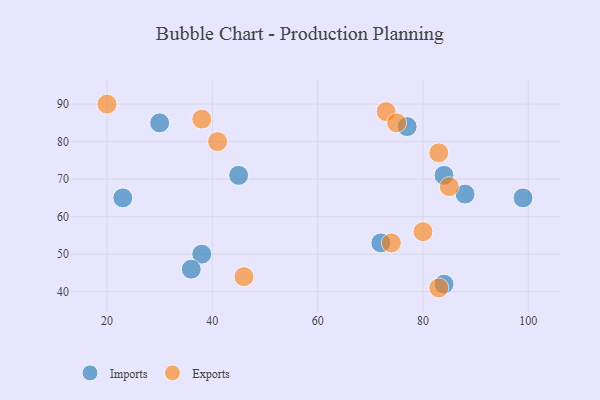
{"axis": {"x": "GDP", "y": "Life Expectancy"}, "legend": ["Exports", "Imports"], "data": [{"x": "99", "y": 65, "type": "Imports"}, {"x": "38", "y": 50, "type": "Imports"}, {"x": "88", "y": 66, "type": "Imports"}, {"x": "77", "y": 84, "type": "Imports"}, {"x": "84", "y": 42, "type": "Imports"}, {"x": "23", "y": 65, "type": "Imports"}, {"x": "45", "y": 71, "type": "Imports"}, {"x": "72", "y": 53, "type": "Imports"}, {"x": "36", "y": 46, "type": "Imports"}, {"x": "30", "y": 85, "type": "Imports"}, {"x": "84", "y": 71, "type": "Imports"}, {"x": "73", "y": 88, "type": "Exports"}, {"x": "74", "y": 53, "type": "Exports"}, {"x": "80", "y": 56, "type": "Exports"}, {"x": "20", "y": 90, "type": "Exports"}, {"x": "75", "y": 85, "type": "Exports"}, {"x": "85", "y": 68, "type": "Exports"}, {"x": "83", "y": 77, "type": "Exports"}, {"x": "83", "y": 41, "type": "Exports"}, {"x": "46", "y": 44, "type": "Exports"}, {"x": "41", "y": 80, "type": "Exports"}, {"x": "38", "y": 86, "type": "Exports"}]}